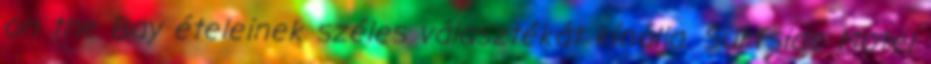
on the Bay ételeinek széles választékát kínálja. Surfside Motel